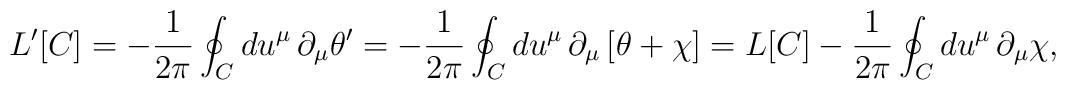
L'[C]=-\frac{1}{2\pi}\oint_C du^\mu\,\partial_\mu\theta'=-\frac{1}{2\pi}\oint_C du^\mu\,\partial_\mu\left[\theta+\chi\right]=L[C]-\frac{1}{2\pi}\oint_C du^\mu\,\partial_\mu\chi,